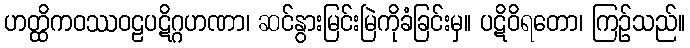
ဟတ္ထိကဝဿဝဠပဋိဂ္ဂဟဏာ၊ ဆင်နွားမြင်းမြဲကိုခံခြင်းမှ။ ပဋိဝိရတော၊ ကြဉ်သည်။